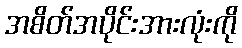
အစိတ်အပိုင်းအားလုံးကို